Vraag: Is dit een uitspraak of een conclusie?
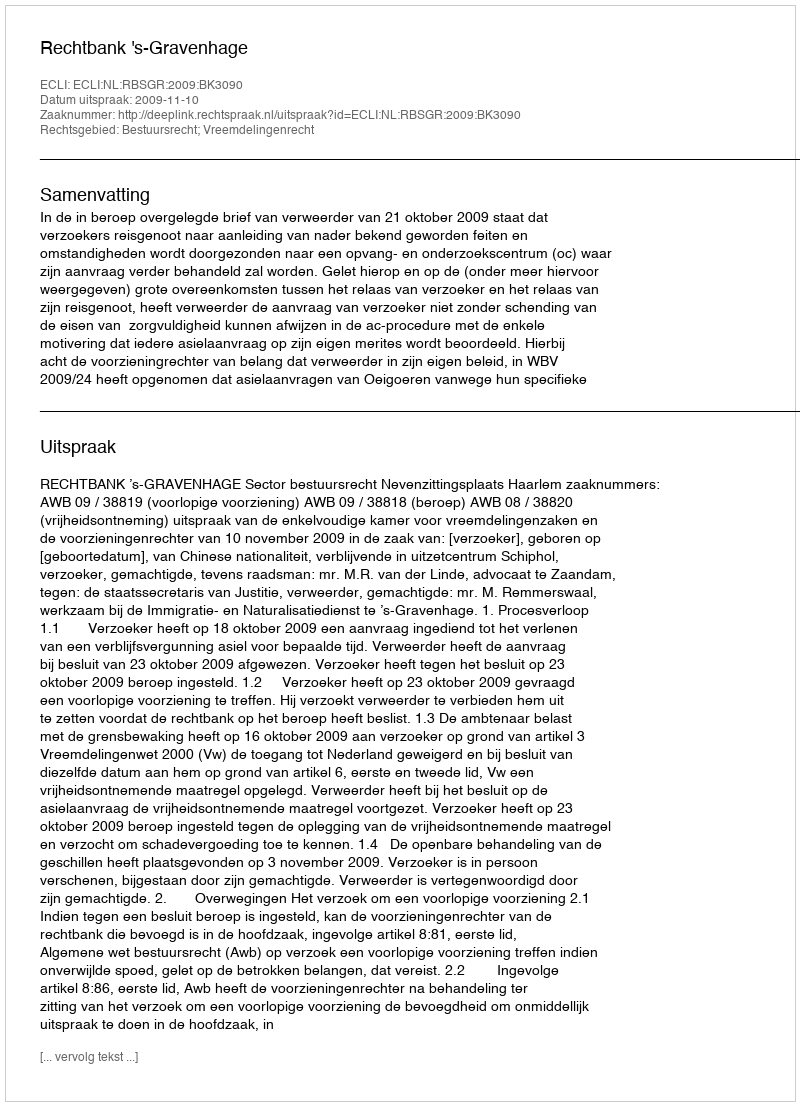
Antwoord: Uitspraak